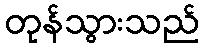
တုန်သွားသည်